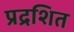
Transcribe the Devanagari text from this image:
प्रद्रशित